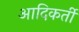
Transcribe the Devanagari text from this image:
आदिकर्ती